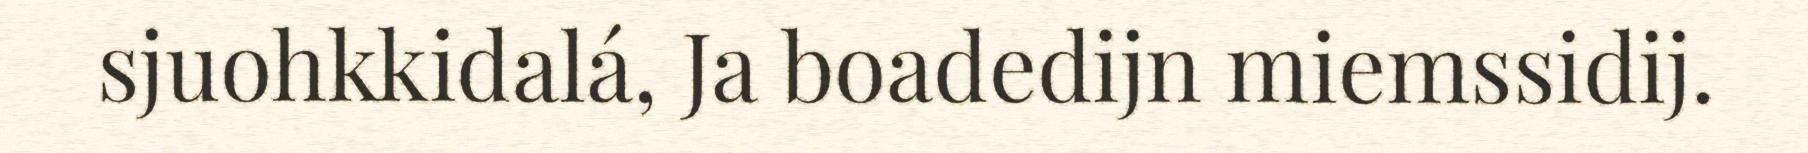
sjuohkkidalá, Ja boadedijn miemssidij.